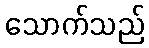
သောက်သည်